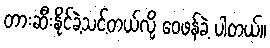
တားဆီးနိုင်ခဲ့သင့်တယ်လို့ ဝေဖန်ခဲ့ ပါတယ်။